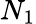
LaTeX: N_{1}